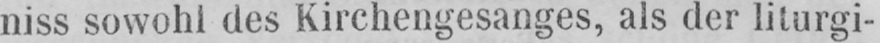
niss sowohl des Kirchengesanges, als der liturgi-